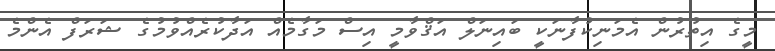
މީގެ އިތުރުން އެމަނިކުފާނަކީ ބައިނަލް އަޤްވާމީ އިސް މަގާމެއް އަދާކުރެއްވުމުގެ ޝަރަފް އެންމެ